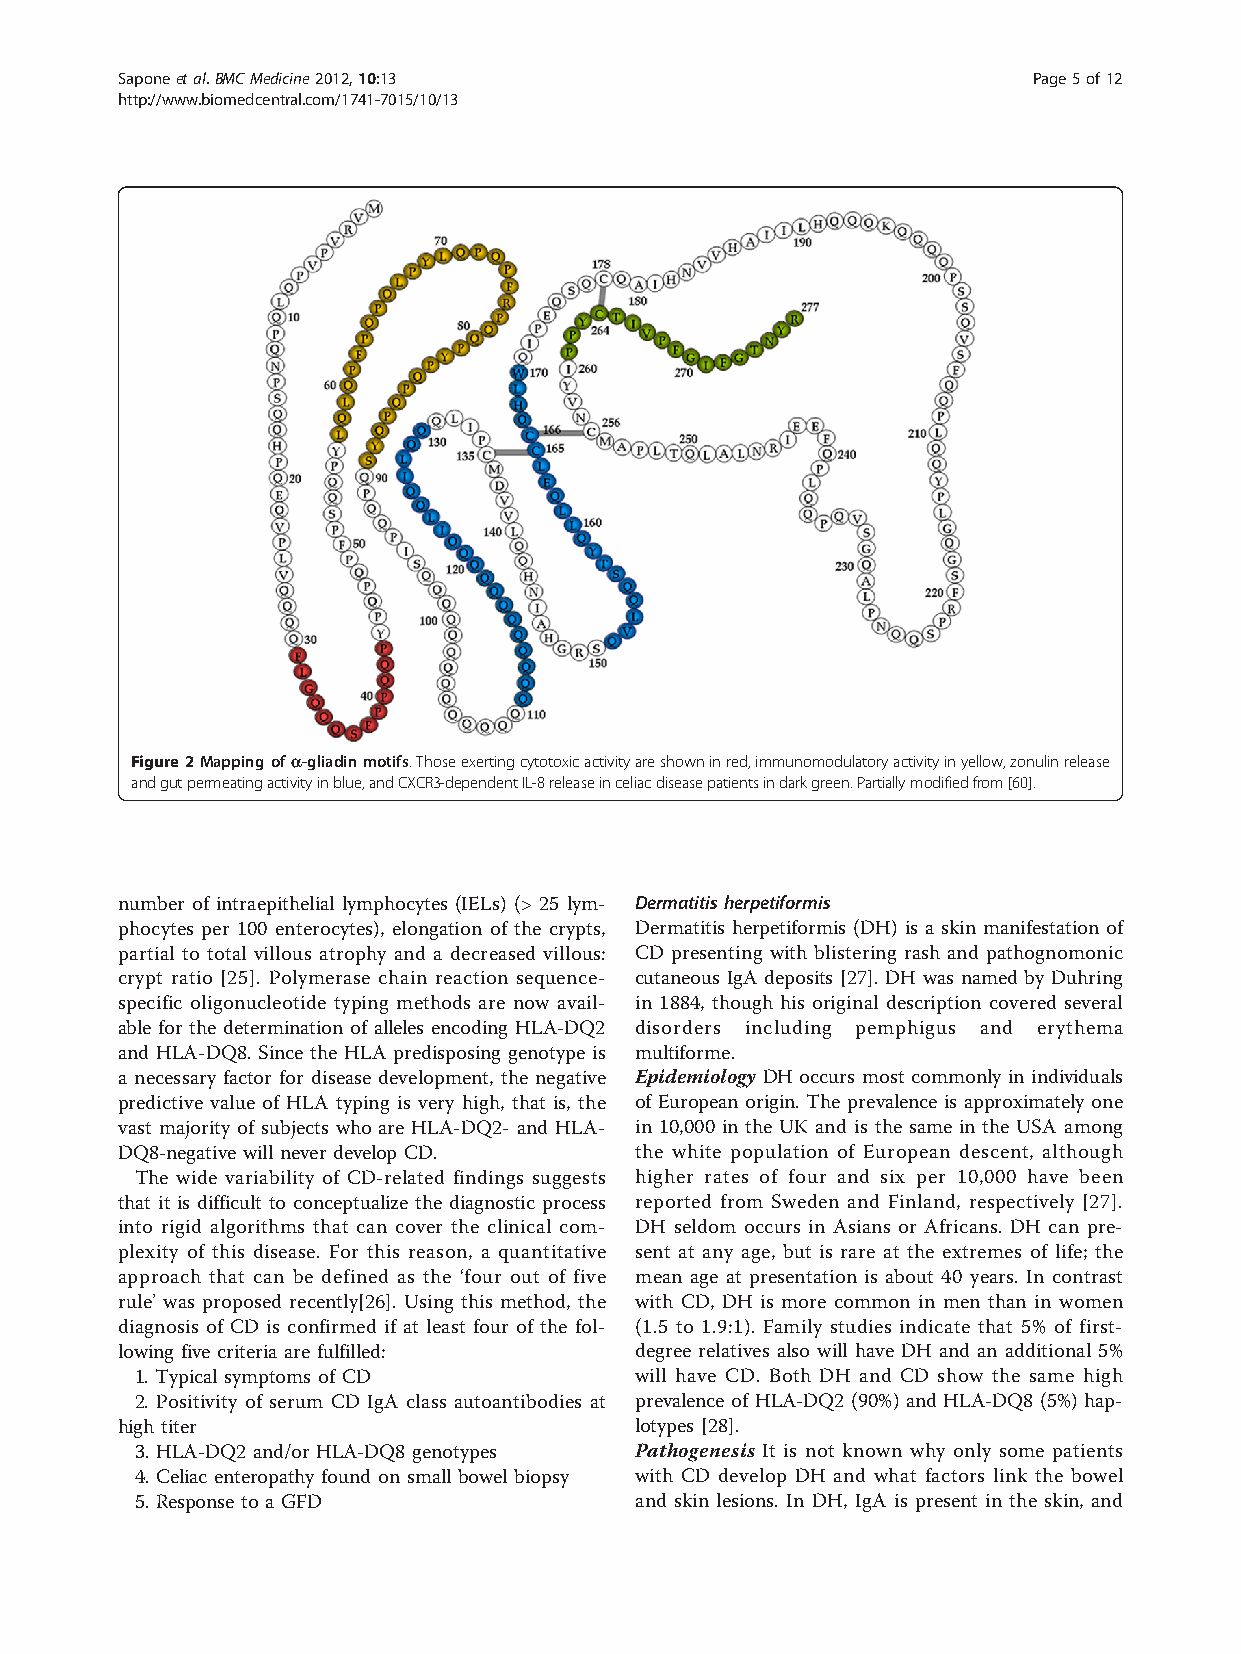
Saponeetal.BMCMedicine2012,10:13                            Page5of12
 http://www.biomedcentral.com/1741-7015/10/13
 Figure2Mappingofa-gliadinmotifs.Thoseexertingcytotoxicactivityareshowninred,immunomodulatoryactivityinyellow,zonulinrelease
 andgutpermeatingactivityinblue,andCXCR3-dependentIL-8releaseinceliacdiseasepatientsindarkgreen.Partiallymodifiedfrom[60].
 number of intraepithelial lymphocytes (IELs) (> 25 lym- Dermatitis herpetiformis
 phocytes per 100 enterocytes), elongation of the crypts, Dermatitis herpetiformis (DH) is a skin manifestation of
 partial to total villous atrophy and a decreased villous: CD presenting with blistering rash and pathognomonic
 crypt ratio [25]. Polymerase chain reaction sequence- cutaneous IgA deposits [27]. DH was named by Duhring
 specific oligonucleotide typing methods are now avail- in 1884, though his original description covered several
 able for the determination of alleles encoding HLA-DQ2 disorders including pemphigus and erythema
 and HLA-DQ8. Since the HLA predisposing genotype is multiforme.
 a necessary factor for disease development, the negative Epidemiology DH occurs most commonly in individuals
 predictive value of HLA typing is very high, that is, the of European origin. The prevalence is approximately one
 vast majority of subjects who are HLA-DQ2- and HLA- in 10,000 in the UK and is the same in the USA among
 DQ8-negative will never develop CD. the white population of European descent, although
 The wide variability of CD-related findings suggests higher rates of four and six per 10,000 have been
 that it is difficult to conceptualize the diagnostic process reported from Sweden and Finland, respectively [27].
 into rigid algorithms that can cover the clinical com- DH seldom occurs in Asians or Africans. DH can pre-
 plexity of this disease. For this reason, a quantitative sent at any age, but is rare at the extremes of life; the
 approach that can be defined as the ‘four out of five mean age at presentation is about 40 years. In contrast
 rule’ was proposed recently[26]. Using this method, the with CD, DH is more common in men than in women
 diagnosis of CD is confirmed if at least four of the fol- (1.5 to 1.9:1). Family studies indicate that 5% of first-
 lowing five criteria are fulfilled: degree relatives also will have DH and an additional 5%
 1. Typical symptoms of CD        will have CD. Both DH and CD show the same high
 2. Positivity of serum CD IgA class autoantibodies at prevalence of HLA-DQ2 (90%) and HLA-DQ8 (5%) hap-
 high titer                        lotypes [28].
 3. HLA-DQ2 and/or HLA-DQ8 genotypes Pathogenesis It is not known why only some patients
 4. Celiac enteropathy found on small bowel biopsy with CD develop DH and what factors link the bowel
 5. Response to a GFD             and skin lesions. In DH, IgA is present in the skin, and